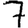
Digit: 7